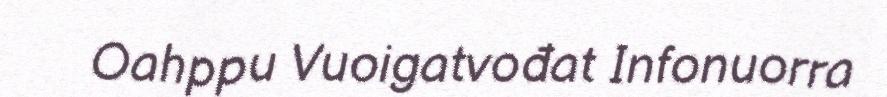
Oahppu Vuoigatvođat Infonuorra